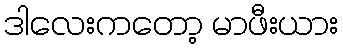
ဒါလေးကတော့ မာဖီးယား